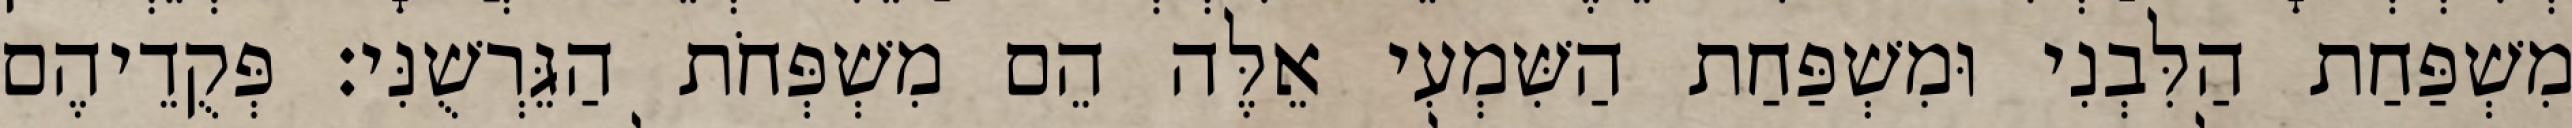
מִשְׁפַּחַת הַלִּבְנִי וּמִשְׁפַּחַת הַשִּׁמְעִי אֵלֶּה הֵם מִשְׁפְּחֹת הַגֵּרְשֻׁנִּי׃ פְּקֻדֵיהֶם